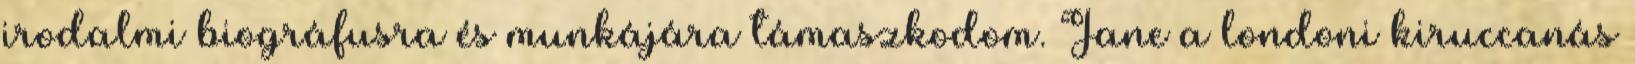
irodalmi biográfusra és munkájára támaszkodom. Jane a londoni kiruccanás